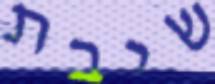
שיבת